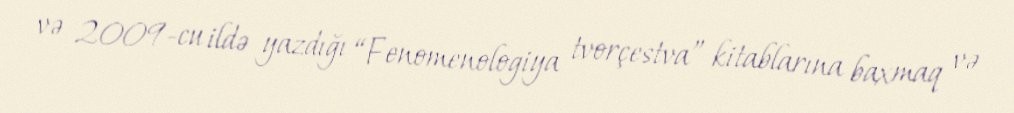
və 2009-cu ildə yazdığı “Fenomenologiya tvorçestva” kitablarına baxmaq və